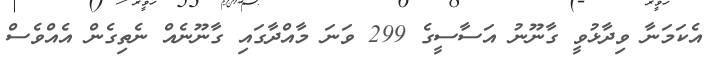
އެކަމަނާ ވިދާޅުވީ ގާނޫނު އަސާސީގެ 299 ވަނަ މާއްދާގައި ގާނޫނެއް ނެތިގެން އެއްވެސް